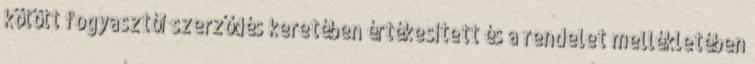
kötött fogyasztói szerződés keretében értékesített és a rendelet mellékletében